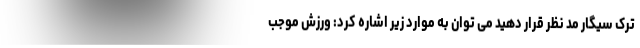
ترک سیگار مد نظر قرار دهید می توان به موارد زیر اشاره کرد: ورزش موجب